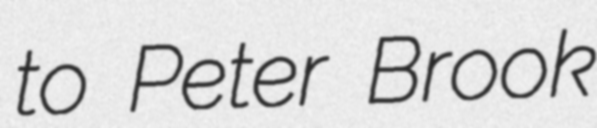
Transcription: to Peter Brook